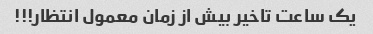
یک ساعت تاخیر بیش از زمان معمول انتظار!!!